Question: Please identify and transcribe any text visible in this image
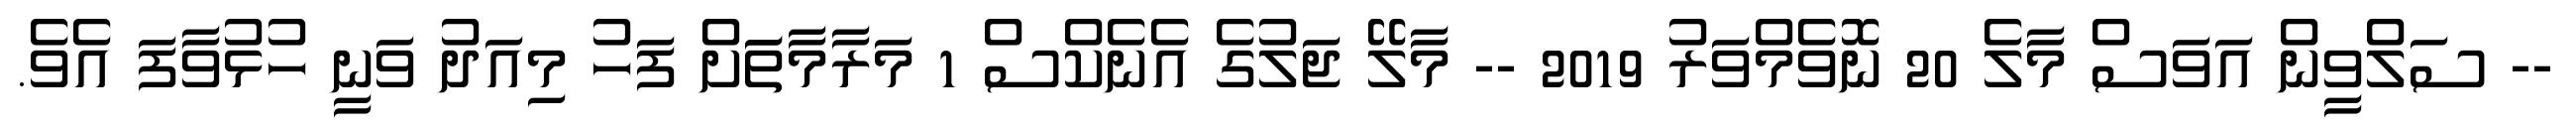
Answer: -- ސަލްވީން އަވަސް މާލެ 20 ނޮވެމްވަރު 2019 -- މާލޭ ޖަލުގެ އެނެކްސް 1 މަރާމާތަަށް ފަހު މިއަދު ވަނީ ހުޅުވާފަ އެވެ.